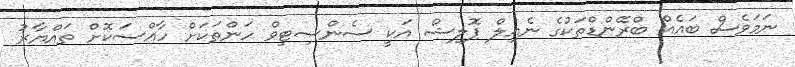
ނަމަވެސް ބައެއް ބްރޭންޑްތަކުގެ ނެއިލް ޕޮލިޝް އަކީ ސެންސިޓިވް ހަންތަކަށް ހާއްސަކޮށް ތައްޔާރު